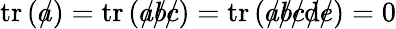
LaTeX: \operatorname{tr}\left({a\! \! \! /}\right)=\operatorname{tr}\left({a\! \! \! /}{b\! \! \! /}{c\! \! \! /}\right)=\operatorname{tr}\left({a\! \! \! /}{b\! \! \! /}{c\! \! \! /}{\mathrm{d}\! \! \! /}{e\! \! \! /}\right)=0